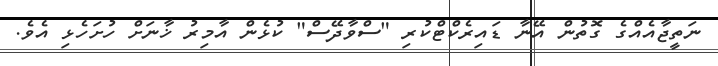
ނަތީޖާއެއްގެ ގޮތުން އޭނާ ޑައިރެކްޓްކުރި "ސްވާދޭސް" ކުޅެން އާމިރު ޚާނަށް ހުށަހެޅި އެވެ.